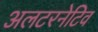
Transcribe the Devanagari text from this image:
अलटरनेटिव